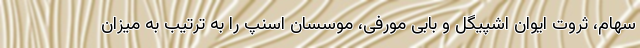
سهام، ثروت ایوان اشپیگل و بابی مورفی، موسسان اسنپ را به ترتیب به میزان